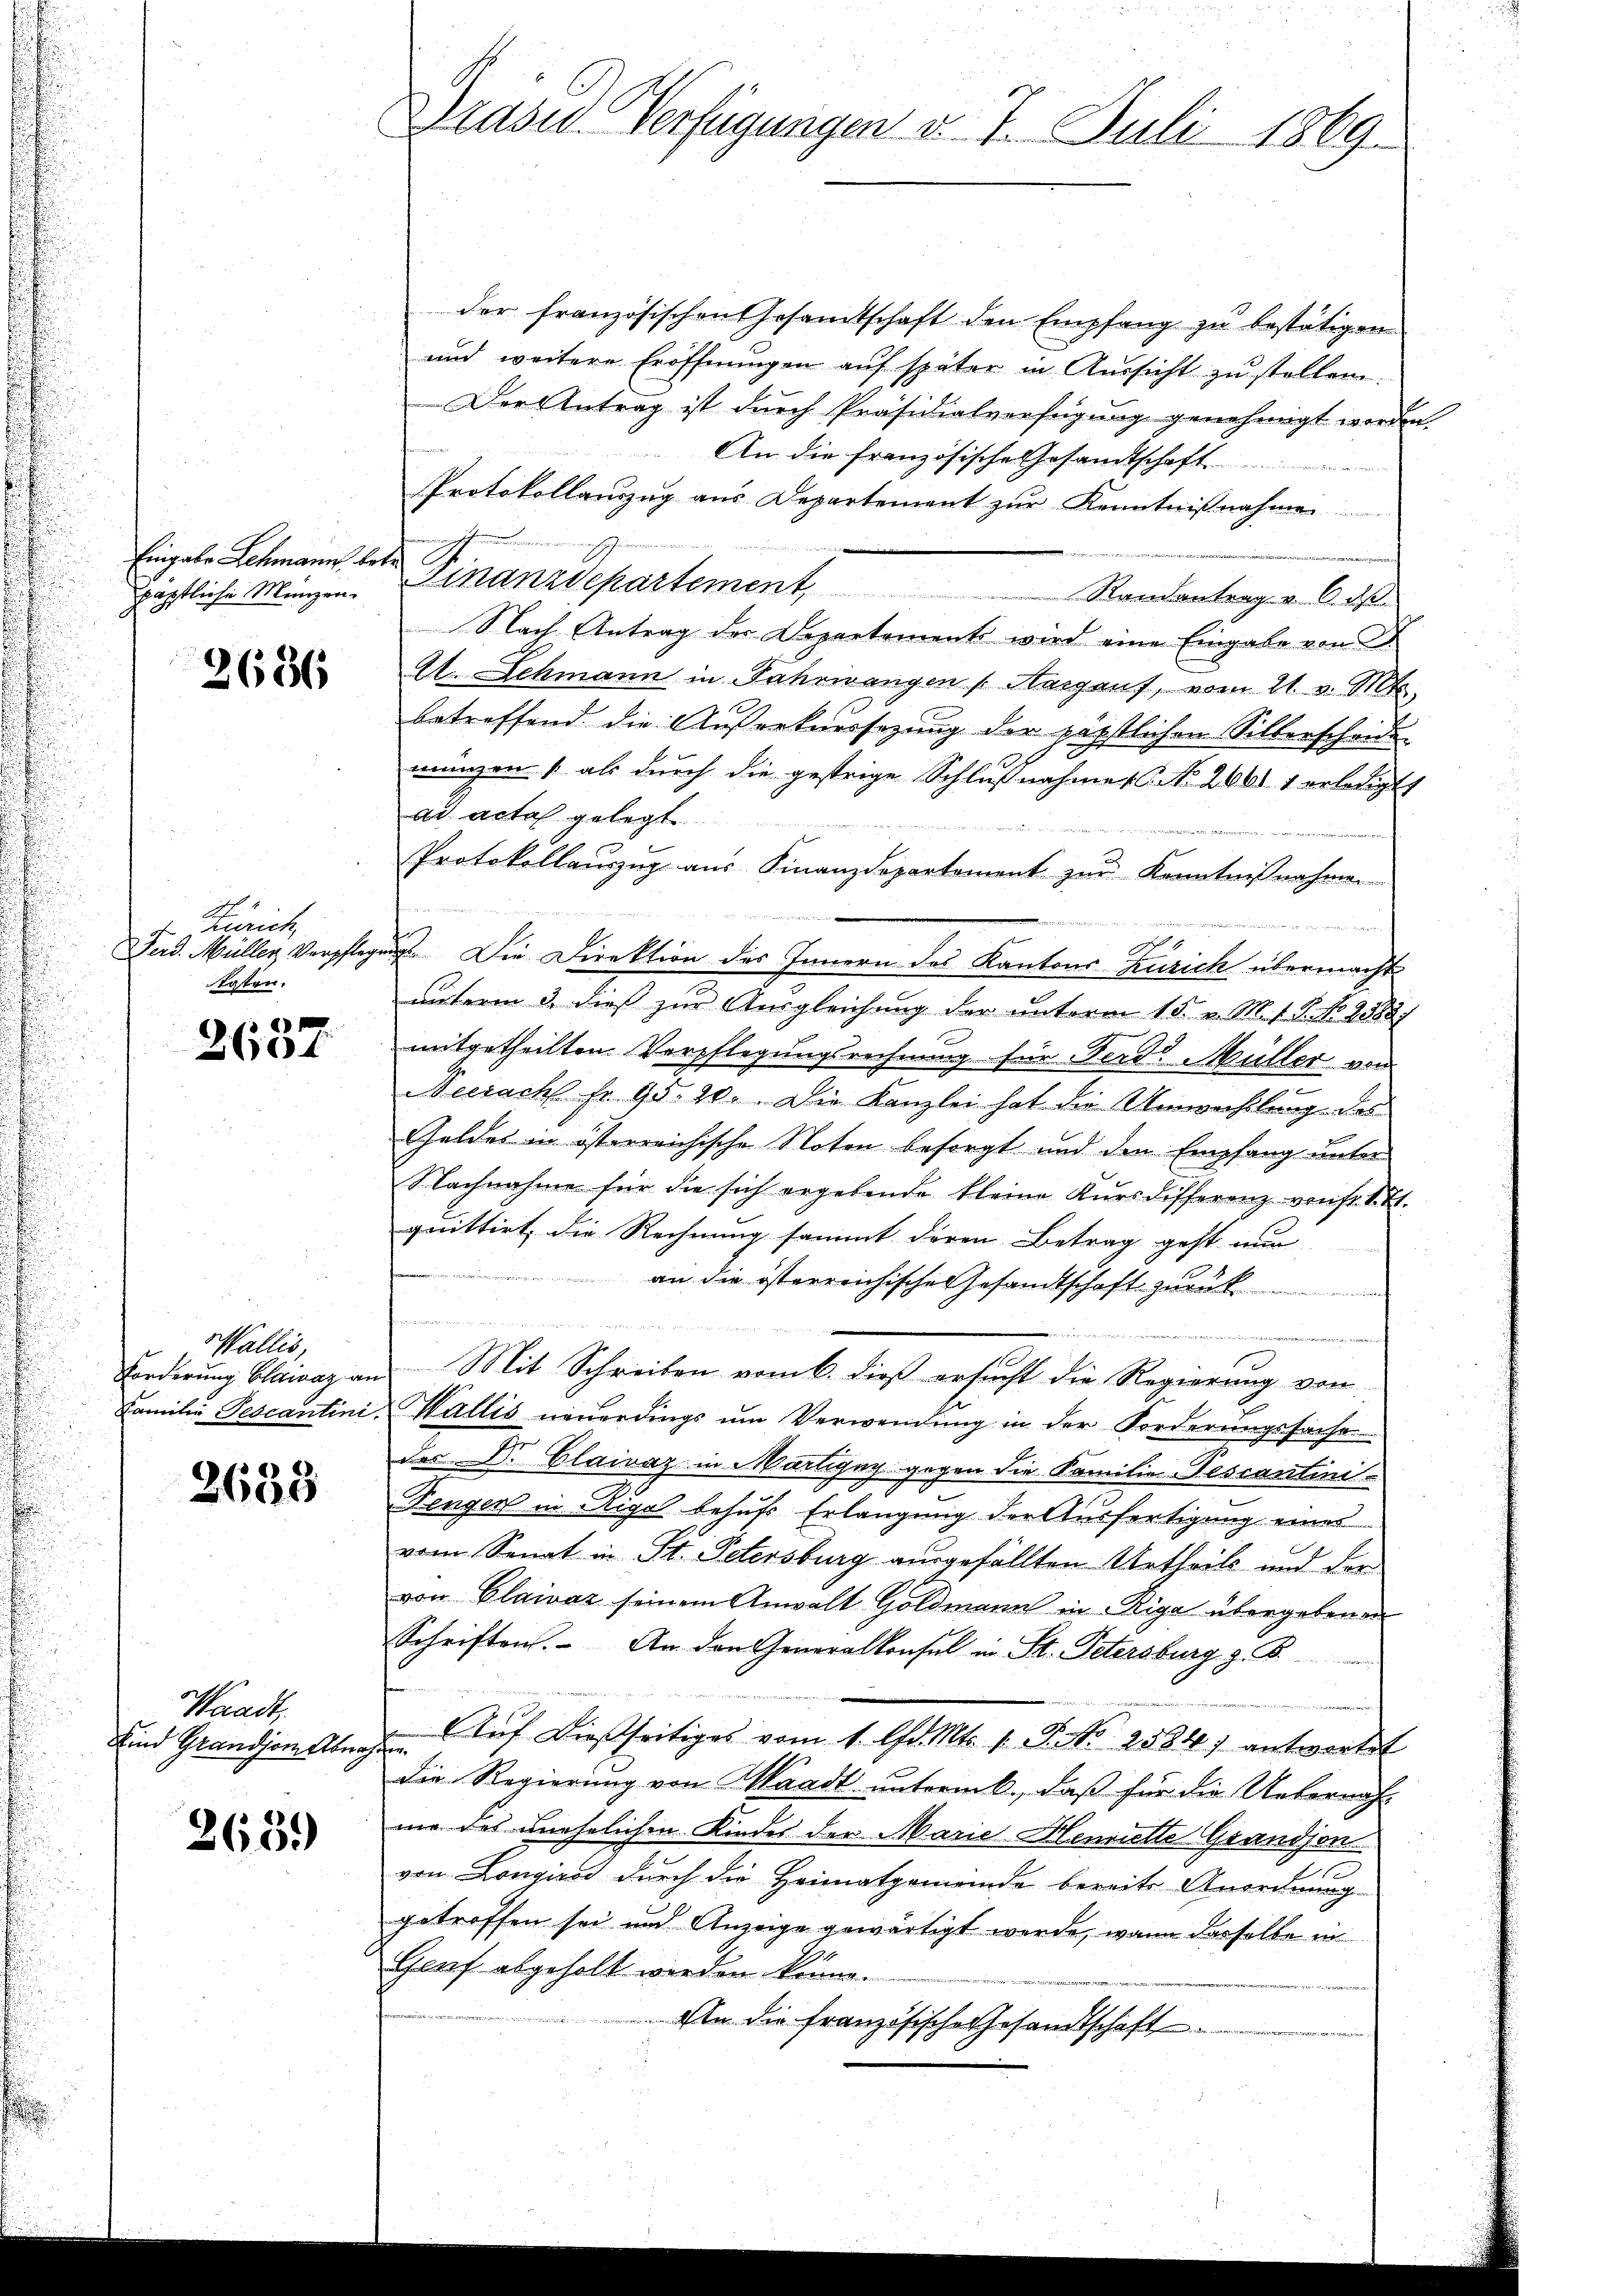
Eingabe Lehmann Erbe
päpstliche Münzen.

2636

Zürich
lgten.

2637

Wallis,

2633

Waadt,
Kind Grandjomelburg

265.

Präsid Verfügungen v. 7. Juli 1869.

der französischen Gesamtschaft den Empfang zu bestätigen
und weitere Eröffnungen auf später in Aussicht zu stellen.
Der Antrag ist durch Präsidialverfügung genehmigt worden.
An die französische Gesandtschaft
Protokollauszug aus Departement zur Kenntnißnahmen
Finanzdepartement,
Randantrag u. das
Nach Antrag der Departements wird eine Eingabe von
A. Schmann in Fahrwangen Margauf, vom 21. v. Mts.
betreffend die Außerkaussezung der päpstlichen Silberscheide
münzen als durch die gestrige Schlußnahmes No. 266 1 erledigt
ad acta gelegt
Protokollauszug aus Finanzdepartement zur Kenntnißnahmen

Jerd. Müller Verpflegung. Die Direktion des Innern des Kantons Zürich übermacht
unterm 3. dieß zur Ausgleichung der unterm 15. v. M. v. 7. No. 23887
mitgetheilten Verpflegungsrechnung für Ferd. Müller von
Neeracht fr. 93. 20. Die Kanzlei hat die Umwechslung des
Geldes in österreichische Noten besorgt und den Empfang unter
Nachnahme für die sich ergebende kleine Kŭrsdifferenz von fr. 1. 71.
quittirt, die Rechnung sammt deren Betrag geht nun
 an die österreichische Gesandtschaft zurück

Forderung blaivaz an. Mit Schreiben vom 6. dieß ersucht die Regierung von
Familie Pescantini Wallis neŭerdings ŭm Verwendŭng in der Forderŭngssache
des Dr. Clairaz in Martigny gegen die Familien-Fescantini-
Fenger in Riga behufs Erlangung der Ausfertigung eines
vom Senat in St. Petersburg ausgefällten Urtheils und der
von Claivaz seinem Anwalt Goldmann in Riga übergebenen
Schriften. An den Generalkonsul in St. Petersburg z. B.
Aŭf dießseitiges vom 1. Chr. Mts. 1. P. Nr. 2584) antwortet
f
die Regierung von Waadt untermk., daß für die Unternach-
nie des unehelichen Kindes der Marie-Henriette Grandson
von Longicos durch die Heimatgemeinde bereits Anordnung
getroffen sei und Anzeige gewärtigt werde, wann dasselbe in
Graf abgeholt wieden könne.
Eln die französische Gesandtschaft